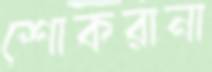
শোকরানা